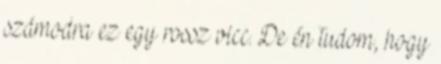
számodra ez egy rossz vicc. De én tudom, hogy